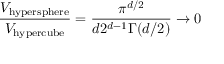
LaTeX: { \frac { V _ { \mathrm { h y p e r s p h e r e } } } { V _ { \mathrm { h y p e r c u b e } } } } = { \frac { \pi ^ { d / 2 } } { d 2 ^ { d - 1 } \Gamma ( d / 2 ) } } \rightarrow 0